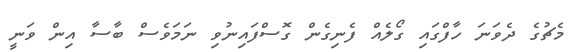
މެޗުގެ ދެވަނަ ހާފްގައި ގޯލެއް ފެނިގެން ގޮސްފައިނުވި ނަމަވެސް ބާސާ އިން ވަނީ